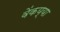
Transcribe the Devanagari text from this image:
वेंकय्या